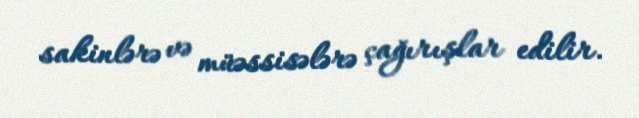
sakinlərə və müəssisələrə çağırışlar edilir.